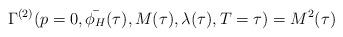
LaTeX: \begin{align*}\Gamma^{(2)}(p=0, \bar{\phi_{H}}(\tau), M(\tau), \lambda(\tau), T=\tau) = M^{2}(\tau)\end{align*}